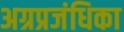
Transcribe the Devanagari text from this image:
अग्रप्रजंधिका